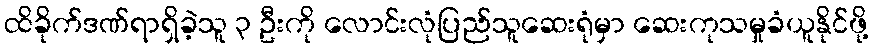
ထိခိုက်ဒဏ်ရာရှိခဲ့သူ ၃ ဦးကို လောင်းလုံပြည်သူဆေးရုံမှာ ဆေးကုသမှုခံယူနိုင်ဖို့